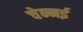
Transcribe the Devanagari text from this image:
चेन्नर्इ